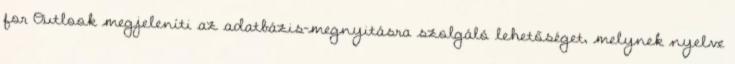
for Outlook megjeleníti az adatbázis-megnyitásra szolgáló lehetőséget, melynek nyelve